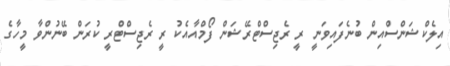
އިލެކްޝަންސްއިން ބުނެފައިިވަނީ ރީ ރެޖިސްޓްރޭޝަން ފޯމްއާއެކު ރީ ރެޖިސްޓްރީ ކުރަން ބޭނުންވާ މީހާގެ